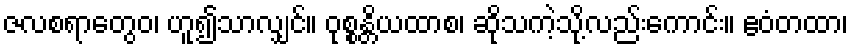
ဇလစရာတွေဝ၊ ဟူ၍သာလျှင်။ ဝုစ္စန္တိယထာစ၊ ဆိုသကဲ့သို့လည်းကောင်း။ ဧဝံတထာ၊